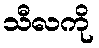
သီလကို